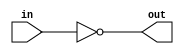
// `reset all
//`timescale 1ns/1ns
//`view vlog

module inverter1(out,in);
    output out;
    input in;
    not(out,in);
endmodule //invert_gate output out,input in

//noview